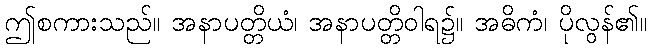
ဤစကားသည်။ အနာပတ္တိယံ၊ အနာပတ္တိဝါရ၌။ အဓိကံ၊ ပိုလွန်၏။